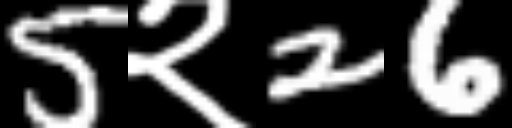
Text: 5२26